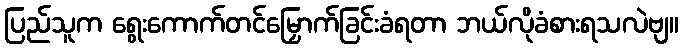
ပြည်သူက ရွေးကောက်တင်မြှောက်ခြင်းခံရတာ ဘယ်လိုခံစားရသလဲဗျ။